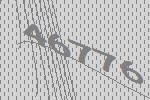
46776